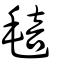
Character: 毰